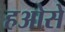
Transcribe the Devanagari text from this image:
हओसे